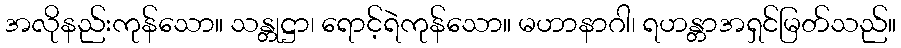
အလိုနည်းကုန်သော။ သန္တုဋ္ဌာ၊ ရောင့်ရဲကုန်သော။ မဟာနာဂါ၊ ရဟန္တာအရှင်မြတ်သည်။